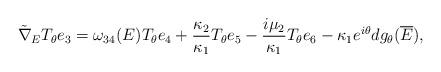
LaTeX: \begin{align*}\tilde{\nabla}_ET_{\theta}e_3=\omega_{34}(E)T_{\theta}e_4+\frac{\kappa_2}{\kappa_1}T_{\theta}e_5-\frac{i\mu_2}{\kappa_1}T_{\theta}e_6-\kappa_1 e^{i\theta}dg_{\theta}(\overline{E}),\end{align*}